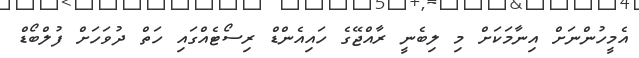
އެމީހުންނަށް އިނާމަކަށް މި ލިބެނީ ރާއްޖޭގެ ހައިއެންޑް ރިސޯޓެއްގައި ހަތް ދުވަހަށް ފުލްބޯޑް